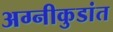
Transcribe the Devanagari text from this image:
अग्नीकुडांत